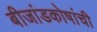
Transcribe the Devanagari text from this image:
बीजांडकोषांची